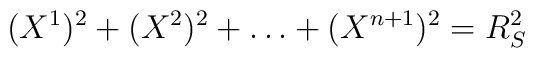
(X^1)^2 + (X^2)^2 + \dots + (X^{n+1})^2 = R_S^2